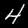
Label: 4